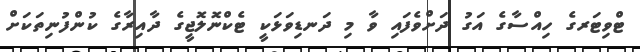
ޓްވިޓަރގެ ހިއްސާގެ އަގު ދަށްވެފައި ވާ މި ދަނޑިވަޅަކީ ޓެކްނޮލޮޖީގެ ދާއިރާގެ ކުންފުނިތަކަށް